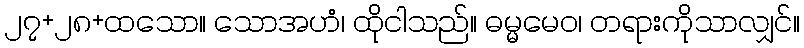
၂၇+၂၈+ထသော။ သောအဟံ၊ ထိုငါသည်။ ဓမ္မမေဝ၊ တရားကိုသာလျှင်။